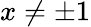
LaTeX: x\ne\pm 1